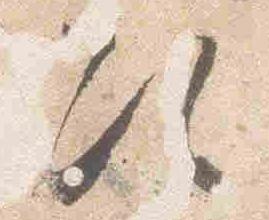
次